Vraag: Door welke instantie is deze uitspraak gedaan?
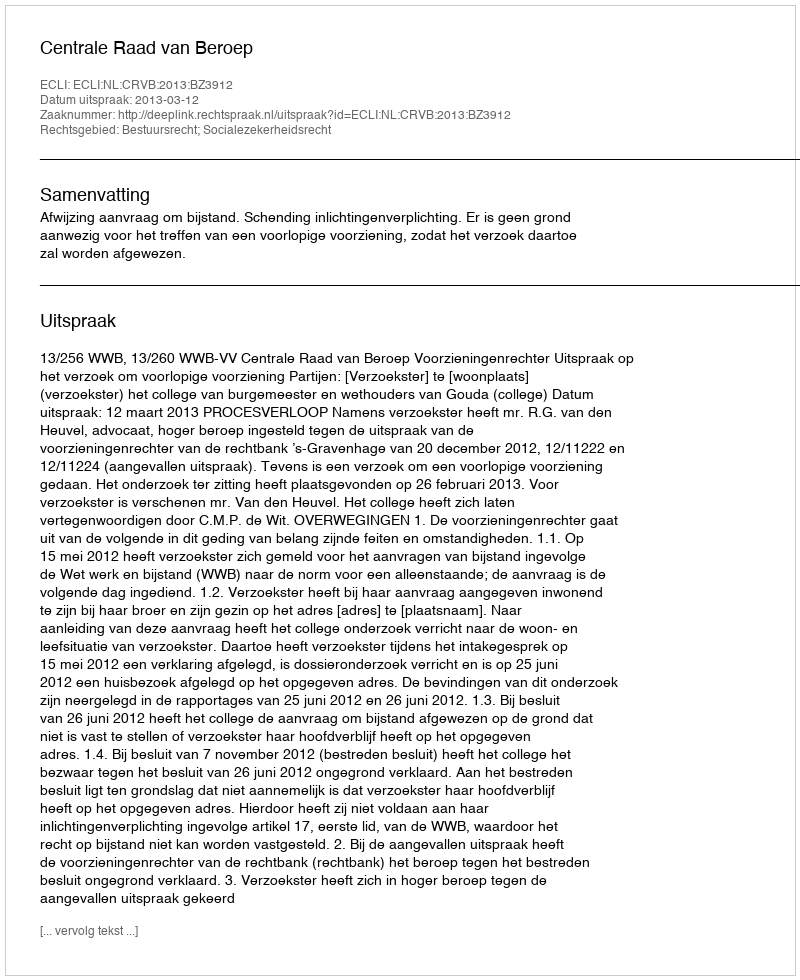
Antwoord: Centrale Raad van Beroep